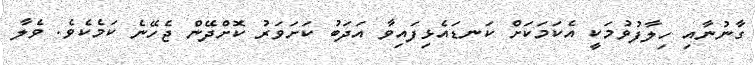
ގާނުނާއި ހިލާފުވުމަކީ އެކަމަކަށް ކަނޑައެޅިފައިވާ އަދަބު ކަށަވަރު ކޮށްދޭން ޖެހޭނެ ކަމެކެވެ. ވެލާ